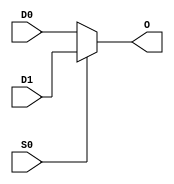
`timescale 1ns / 1ps
//////////////////////////////////////////////////////////////////////////////////
// Company: 
// Engineer: 
// 
// Design Name: 
// Module Name:    M2_1 
// Project Name: 
// Target Devices: 
// Tool versions: 
// Description: 
//
// Dependencies: 
//
// Revision: 
// Revision 0.01 - File Created
// Additional Comments: 
//
//////////////////////////////////////////////////////////////////////////////////
module M2_1(input D0,	output wire O,
            input D1,
            input S0);
            
assign O = S0? D1: D0;

endmodule